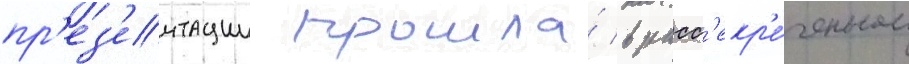
пр'ез'ентации прошла́ в расс'екр'е́ченном